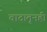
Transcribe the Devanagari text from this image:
वादातूनही